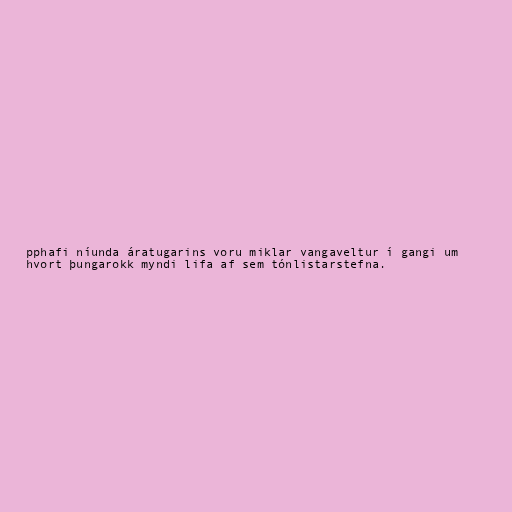
pphafi níunda áratugarins voru miklar vangaveltur í gangi um
hvort þungarokk myndi lifa af sem tónlistarstefna.